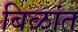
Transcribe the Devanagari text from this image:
बिळांत